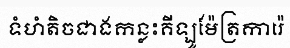
ទំហំតិចជាងកន្លះគីឡូម៉ែត្រការ៉េ